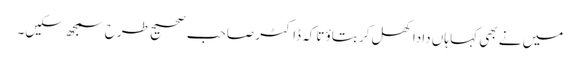
میں نے بھی کہا ہاں دادا کھل کر بتاؤ تاکہ ڈاکٹر صاحب صحیح طرح سمجھ سکیں۔